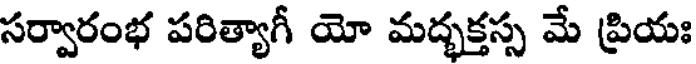
సర్వారంభ పరిత్యాగీ యో మద్భక్తస్స మే ప్రియః